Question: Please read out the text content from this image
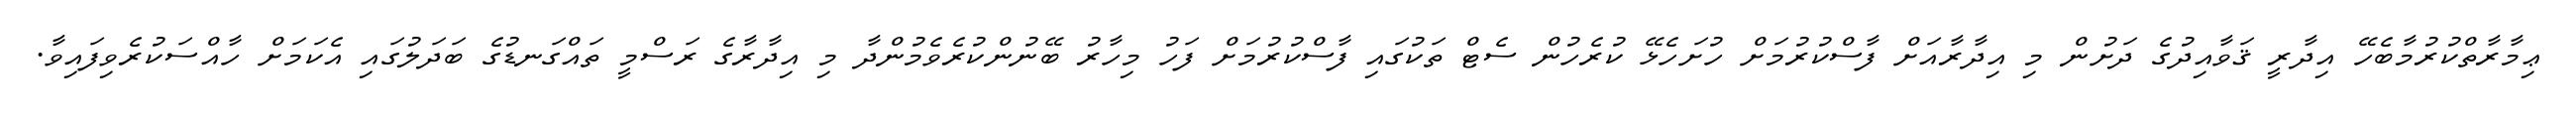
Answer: ޢިމާރާތްކުރުމާބެހޭ އިދާރީ ޤަވާއިދުގެ ދަށުން މި އިދާރާއަށް ފާސްކުރުމަށް ހުށަހެޅޭ ކުރެހުން ސެޓް ތަކުގައި ފާސްކުރުމަށް ފަހު މިހާރު ބޭނުންކުރެވެމުންދާ މި އިދާރާގެ ރަސްމީ ތައްގަނޑުގެ ބަދަލުގައި އެކަމަށް ހާއްސަކުރެވިފައިވާ.